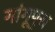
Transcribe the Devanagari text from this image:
गांगूपुरा